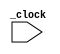
module test(_clock);
// --- params ---
input  _clock;
// --- vars ---
reg [15:0] m;
reg [15:0] a;
// --- body ---

always @ (posedge _clock)
begin
   m = 1;
   a[15*m] = 1; // accepted by icarus, but thought that verilog expected a const-expression
   a[15:0] = 1;  // ok
   a[15*m:0] = 1; // causes error, but not sure if this is legal syntax
end
endmodule